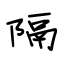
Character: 隔